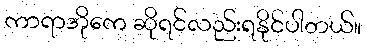
ကာရာအိုကေ ဆိုရင်လည်းရနိုင်ပါတယ်။